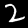
Digit: 2